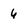
Character: 6